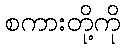
စကားတို့ကို